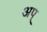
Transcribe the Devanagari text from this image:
अप्‌